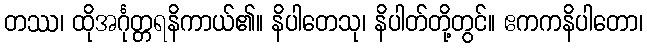
တဿ၊ ထိုအင်္ဂုတ္တရနိကာယ်၏။ နိပါတေသု၊ နိပါတ်တို့တွင်။ ဧကကနိပါတော၊